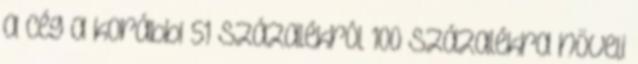
a cég a korábbi 51 százalékról 100 százalékra növeli